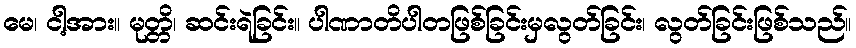
မေ၊ ငါ့အား။ မုတ္တိ၊ ဆင်းရဲခြင်း။ ပါဏာတိပါတဖြစ်ခြင်းမှလွတ်ခြင်း၊ လွတ်ခြင်းဖြစ်သည်။